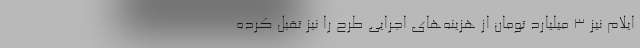
ایلام نیز 3 میلیارد تومان از هزینه‌های اجرایی طرح را نیز تقبل کرده